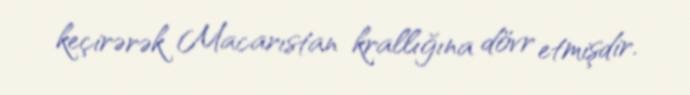
keçirərək Macarıstan krallığına dövr etmişdir.